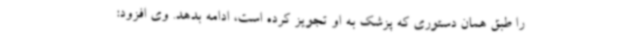
را طبق همان دستوری که پزشک به او تجویز کرده است، ادامه بدهد. وی افزود: